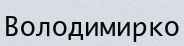
Володимирко